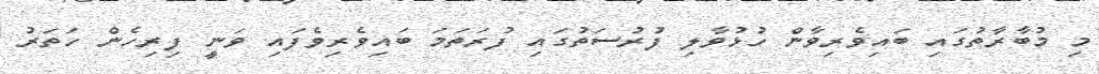
މި މުބާރާތުގައި ބައިވެރިވާން ހުޅުވާލި ފުރުސަތުގައި ފުރަތަމަ ބައިވެރިވެފައި ވަނީ ފިރިހެން ހަތަރު